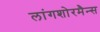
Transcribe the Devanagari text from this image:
लांगशोरमैन्स